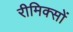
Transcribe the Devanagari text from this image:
रीमिक्सों